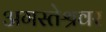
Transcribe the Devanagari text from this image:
अगस्‍तेश्रवर